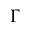
\Gamma